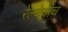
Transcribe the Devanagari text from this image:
रेल्वेचीच